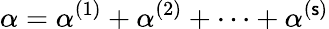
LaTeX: \alpha=\alpha^{(1)}+\alpha^{(2)}+\cdots+\alpha^{(\mathsf{s})}